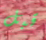
قبل